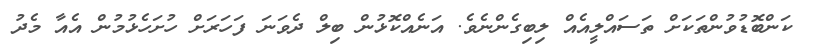
ކަންބޮޑުވުންތަކަށް ތަސައްލީއެއް ލިބިގެންނެވެ. އަނެއްކޮޅުން ބިލް ދެވަނަ ފަހަރަށް ހުށަހެޅުމުން އެއާ މެދު